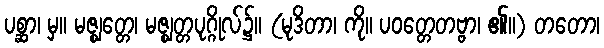
ပစ္ဆာ၊ မှ။ မဇ္ဈတ္တေ၊ မဇ္ဈတ္တပုဂ္ဂိုလ်၌။ (မုဒိတာ၊ ကို။ ပဝတ္တေတဗ္ဗာ၊ ၏။) တတော၊